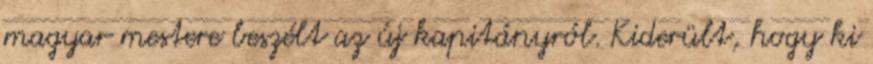
magyar mestere beszélt az új kapitányról. Kiderült, hogy ki